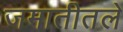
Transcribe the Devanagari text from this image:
जमातीतले